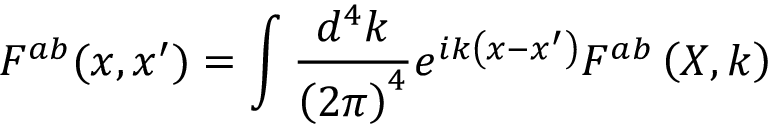
F ^ { a b } ( x , x ^ { \prime } ) = \int \frac { d ^ { 4 } k } { \left( 2 \pi \right) ^ { 4 } } e ^ { i k \left( x - x ^ { \prime } \right) } F ^ { a b } \left( X , k \right)